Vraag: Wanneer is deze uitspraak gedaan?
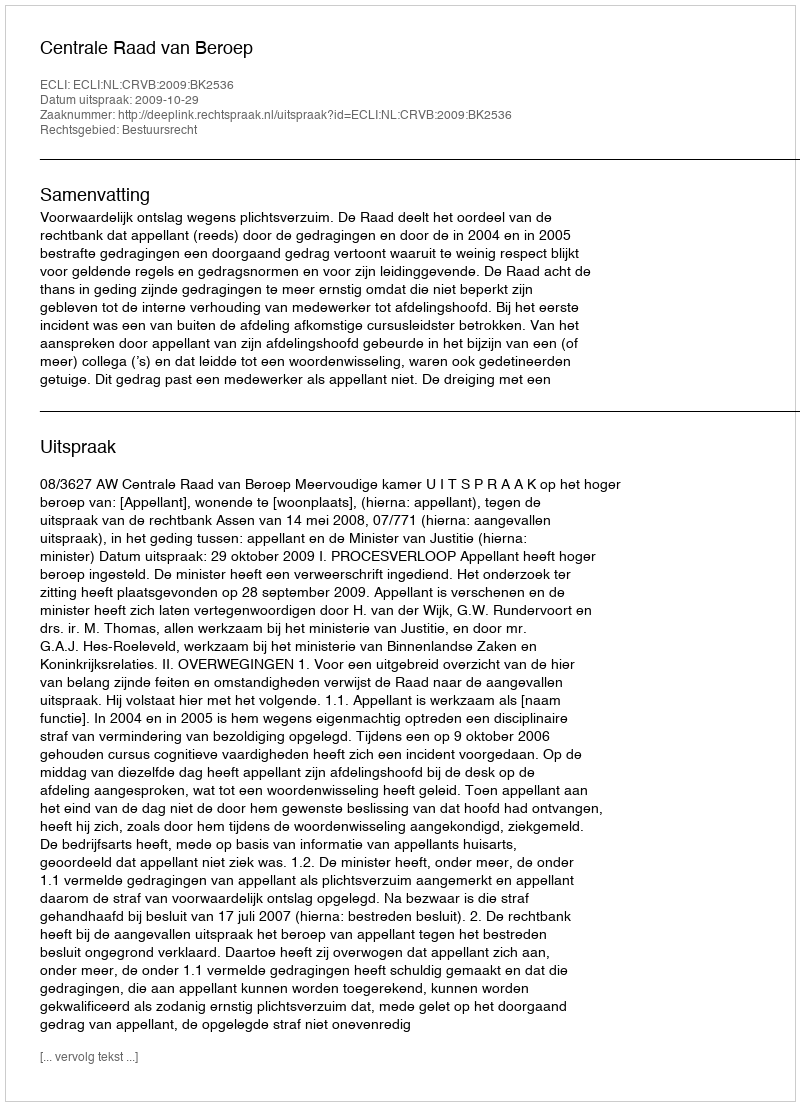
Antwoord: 2009-10-29